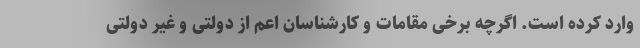
وارد کرده است. اگرچه برخی مقامات و کارشناسان اعم از دولتی و غیر دولتی